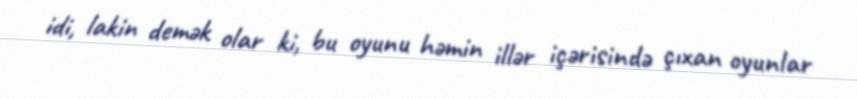
idi, lakin demək olar ki, bu oyunu həmin illər içərisində çıxan oyunlar